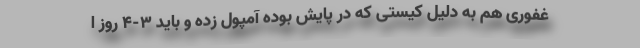
غفوری هم به دلیل کیستی که در پایش بوده آمپول زده و باید 3-4 روز ا